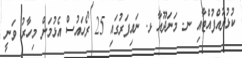
ކުޅުދުއްފުއްޓާއި ނ. މަނަދޫއާ ޅ. ނައިފަރުގައި 25 ރޯހައުސް އެޅުމަށް މިހާރު ވަނީ